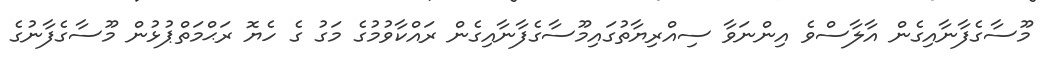
މޫސާގެފާނާއިގެން އާލާސްވެ އިންނަވާ ސިއްރިޔާތުގައިމޫސާގެފާނާއިގެން ރައްކާވުމުގެ މަގު ގެ ހެޔޮ ރަޙްމަތްޕުޅުން މޫސާގެފާނުގެ